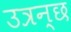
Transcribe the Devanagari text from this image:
उत्रन्छ